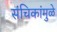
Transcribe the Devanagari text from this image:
संचिकांमुळे